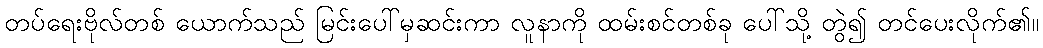
တပ်ရေးဗိုလ်တစ် ယောက်သည် မြင်းပေါ်မှဆင်းကာ လူနာကို ထမ်းစင်တစ်ခု ပေါ်သို့ တွဲ၍ တင်ပေးလိုက်၏။